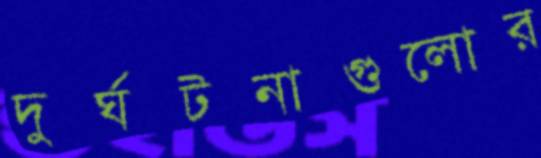
দুর্ঘটনাগুলোর